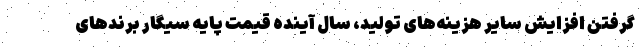
گرفتن افزایش سایر هزینه‌های تولید، سال آینده قیمت پایه سیگار برندهای